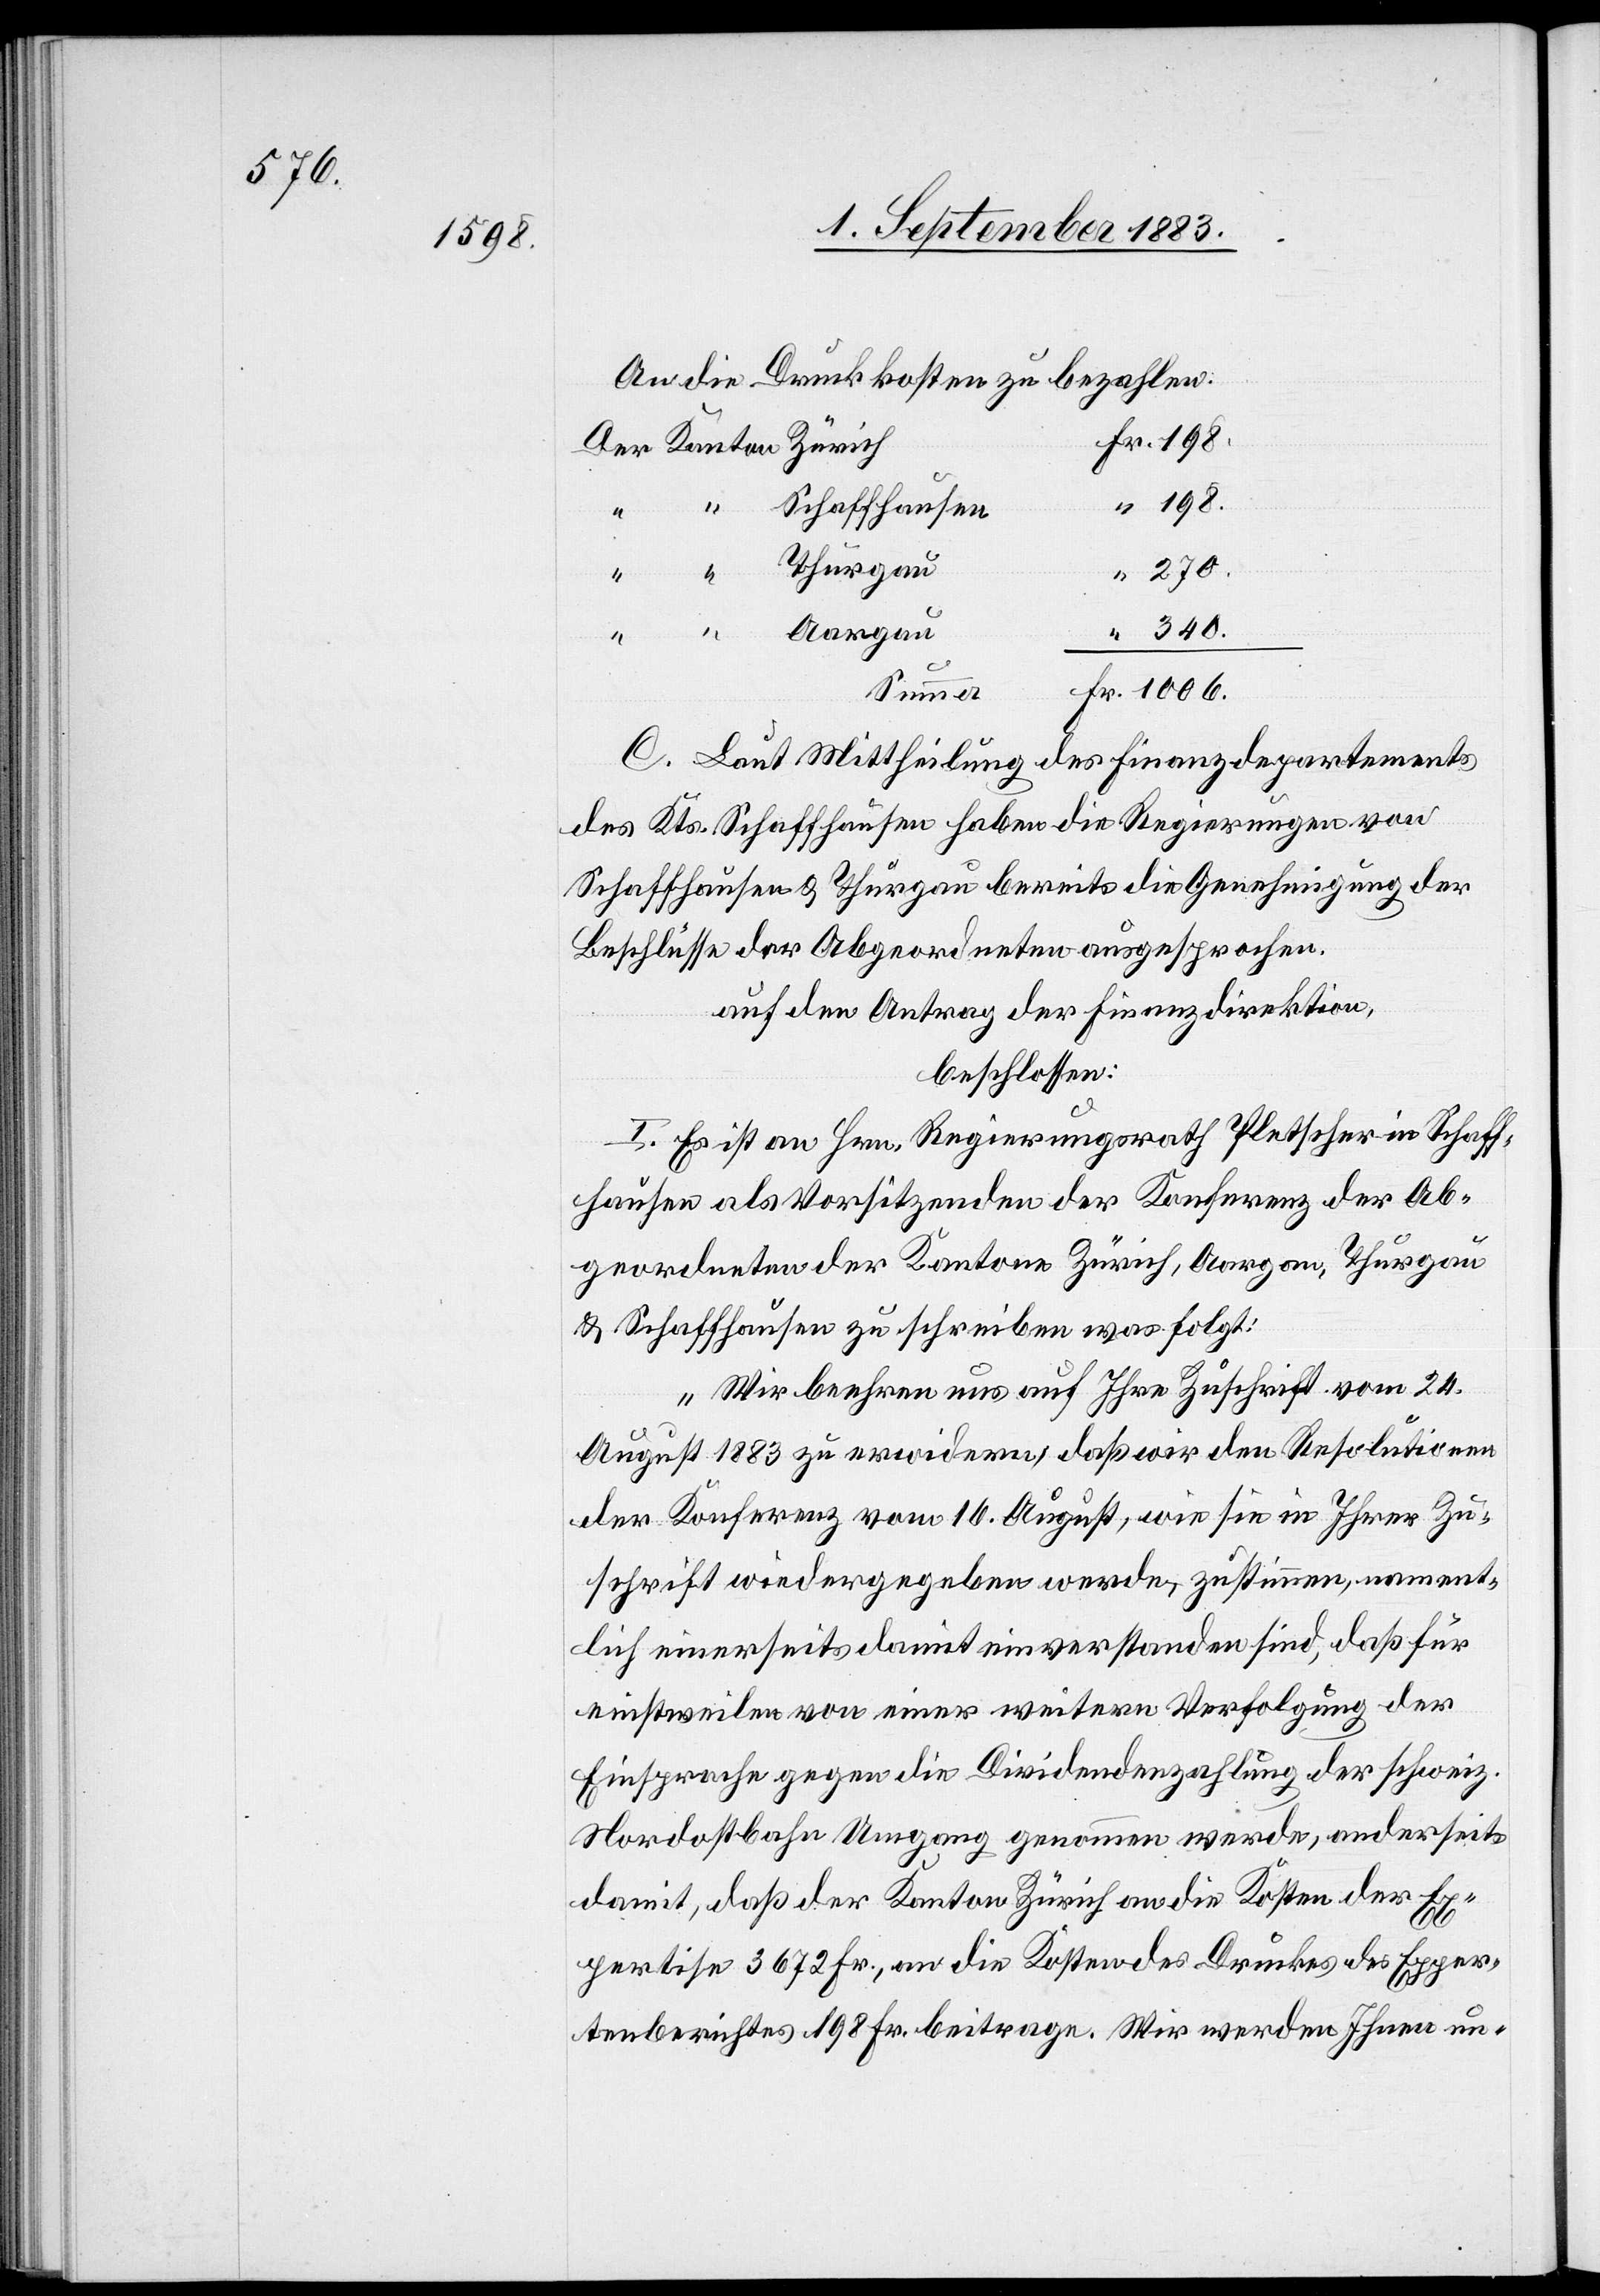
1006.

An die Druckkosten zu bezahlen:
340.
Schaffhausen
Thurgau
270.
Fr.
Aargau
C. Laut Mittheilung des Finanzdepartements
des Kts. Schaffhausen haben die Regierungen von
Schaffhausen & Thurgau bereits die Genehmigung der
Beschlüsse der Abgeordneten ausgesprochen.
auf den Antrag der Finanzdirektion,
beschlossen:
I. Es ist an Hrn. Regierungsrath Pletscher in Schaff¬
hausen als Vorsitzenden der Konferenz der Ab¬
geordneten der Kantone Zürich, Aargau, Thurgau
& Schaffhausen zu schreiben was folgt:
„Wir beehren und auf Ihre Zuschrift vom 24.
August 1883 zu erwiedern, daß wir den Resolutionen
der Konferenz vom 16. August, wie sie in Ihrer Zu¬
schrift wiedergegeben werde, zustimmen, nament¬
lich einerseits damit einverstanden sind, daß für
einstweilen von einer weitern Verfolgung der
Einsprache gegen die Dividendenzahlung der schweiz.
Nordostbahn Umgang genommen werde, anderseits
damit, daß der Kanton Zürich an die Kosten der Ex¬
pertise 3672 Fr., an die Kosten des Druckes des Exper¬
tenberichtes 198 Fr. beitrage. Wir werden Ihnen un-